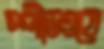
স্পীডওয়ে